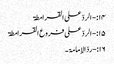
۱۴:- الردّ علی القرامطۃ
۱۵:-الردّ علی فروع القرامطۃ
۱۶:-ردّالإمامۃ۔